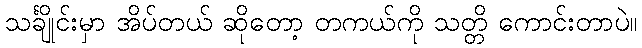
သင်္ချိုင်းမှာ အိပ်တယ် ဆိုတော့ တကယ်ကို သတ္တိ ကောင်းတာပဲ။